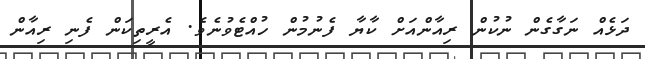
ދަޅެއް ނަގާގެން ނުކުން ރިއާންއަށް ކާޔާ ފެނުމުން ހުއްޓެވުނެވެ. އެރީތިކަން ފެނި ރިއާން